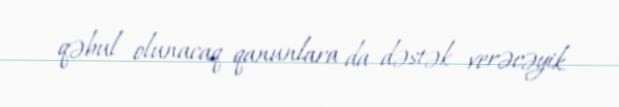
qəbul olunacaq qanunlara da dəstək verəcəyik.